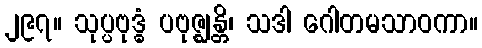
၂၉၇။ သုပ္ပဗုဒ္ဓံ ပဗုဇ္ဈန္တိ၊ သဒါ ဂေါတမသာဝကာ။